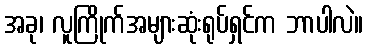
အခု၊ လူကြိုက်အများဆုံးရုပ်ရှင်က ဘာပါလဲ။